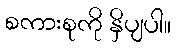
စကားစုကို နှိပျပါ။